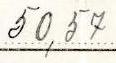
50,57